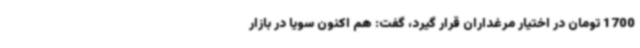
1700 تومان در اختیار مرغداران قرار گیرد، گفت: هم اکنون سویا در بازار